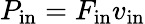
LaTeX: P_{\mathrm{in}}=F_{\mathrm{in}}v_{\mathrm{in}}